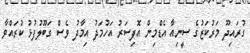
ގުރައިދޫ މަރުކަޒުގެ ސީނިއާ އެޑްމިން އޮފިސަރު އަހުމަދު އިމާދު ވެސް ގަބޫލުފުޅު ކުރައްވާ